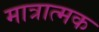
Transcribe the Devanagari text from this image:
मात्रात्‍मक